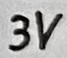
Text: 3V